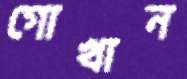
গোখান